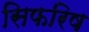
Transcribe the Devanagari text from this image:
सिफरिष